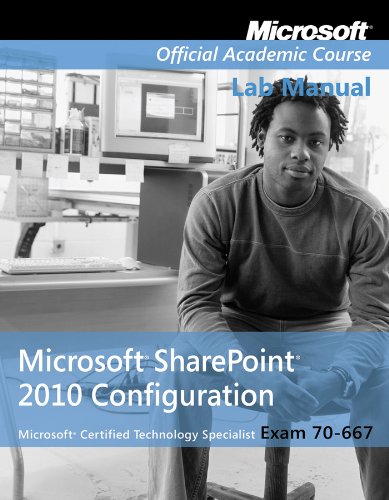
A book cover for Exam 70-667 Microsoft Office SharePoint 2010 Configuration Lab Manual; Microsoft Official Academic Course; Computers & Technology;